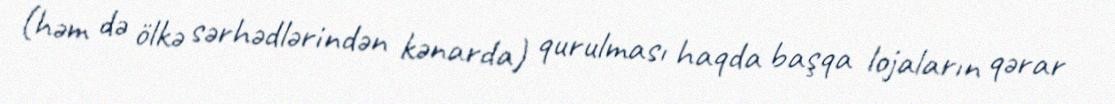
(həm də ölkə sərhədlərindən kənarda) qurulması haqda başqa lojaların qərar